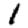
Digit: 1